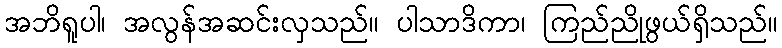
အဘိရူပါ၊ အလွန်အဆင်းလှသည်။ ပါသာဒိကာ၊ ကြည်ညိုဖွယ်ရှိသည်။